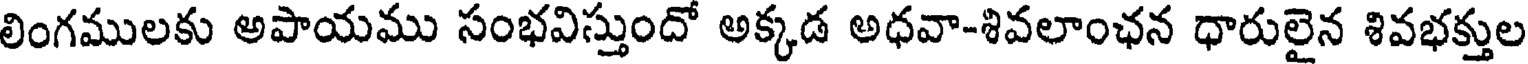
లింగములకు అపాయము సంభవిస్తుందో అక్కడ అధవా-శివలాంఛన ధారులైన శివభక్తుల